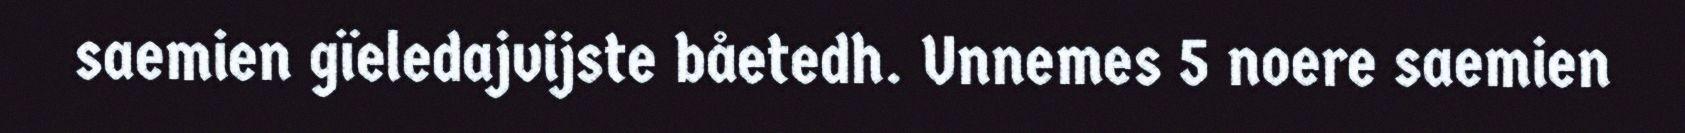
saemien gïeledajvijste båetedh. Unnemes 5 noere saemien